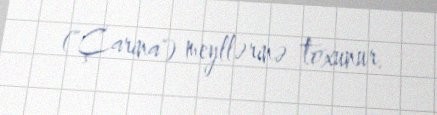
("Çarina") meyllərinə toxunur.